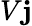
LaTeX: V\mathbf{j}